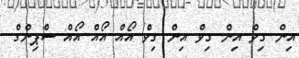
އިން ގިވް އިން ގިވް އިން ގިވް އޯއް އޯއް އޯއް ސްޕިންގް